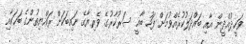
ވަހީދުއްދީން އާއި ބައްދަލުކުރެއްވުމަށް ފަހު ބާޣީ ސަރުކާރުގެ ވެރިޔާގެ ނައިބަކަށް ރައްޔިތުންގެ ބަހަކާއި